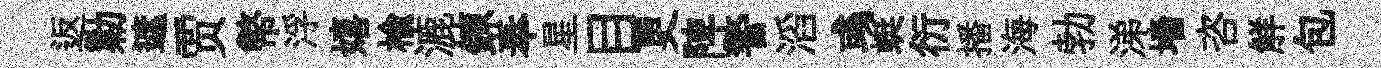
返勦遮贾幣浮嬉楡漉錬奉星目更陴警滔彧蜓衍播海勃涕墻咨觧包